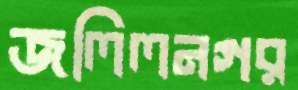
জলিলনগর